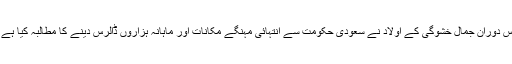
اس دوران جمال خشوگی کے اولاد نے سعودی حکومت سے انتہائی مہنگے مکانات اور ماہانہ ہزاروں ڈالرس دینے کا مطالبہ کیا ہے ۔